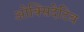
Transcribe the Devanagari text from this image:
ओक्सिदेटिव